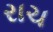
રાચ